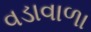
વડાવાળા